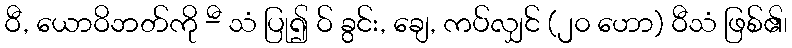
ဝီ, ယောဝိဘတ်ကို -ီ သံ ပြု၍ ဝ် ခွင်း, ချေ, ကပ်လျှင် (၂၀ ဟော) ဝီသံ ဖြစ်၏၊